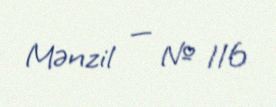
Mənzil — № 116